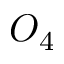
O _ { 4 }